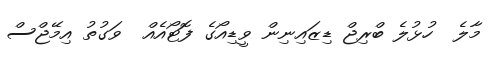
މާލެ  ހުޅުލެ ބްރިޖް ޑިޒައިނިން ވީޑިއޯގެ ފޮޓޯއެއް  ވަގުތު އިމޭޖްސް